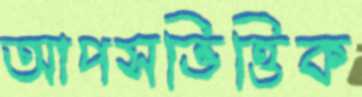
আপসভিত্তিক